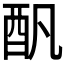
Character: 𨟱